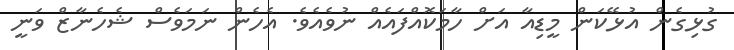
ގުޅިގެން އުޅޭކަން މީޑިއާ އަށް ހާމަކޮއްފައެއް ނުވެއެވެ. އެހެން ނަމަވެސް ޝެހެނާޒް ވަނީ